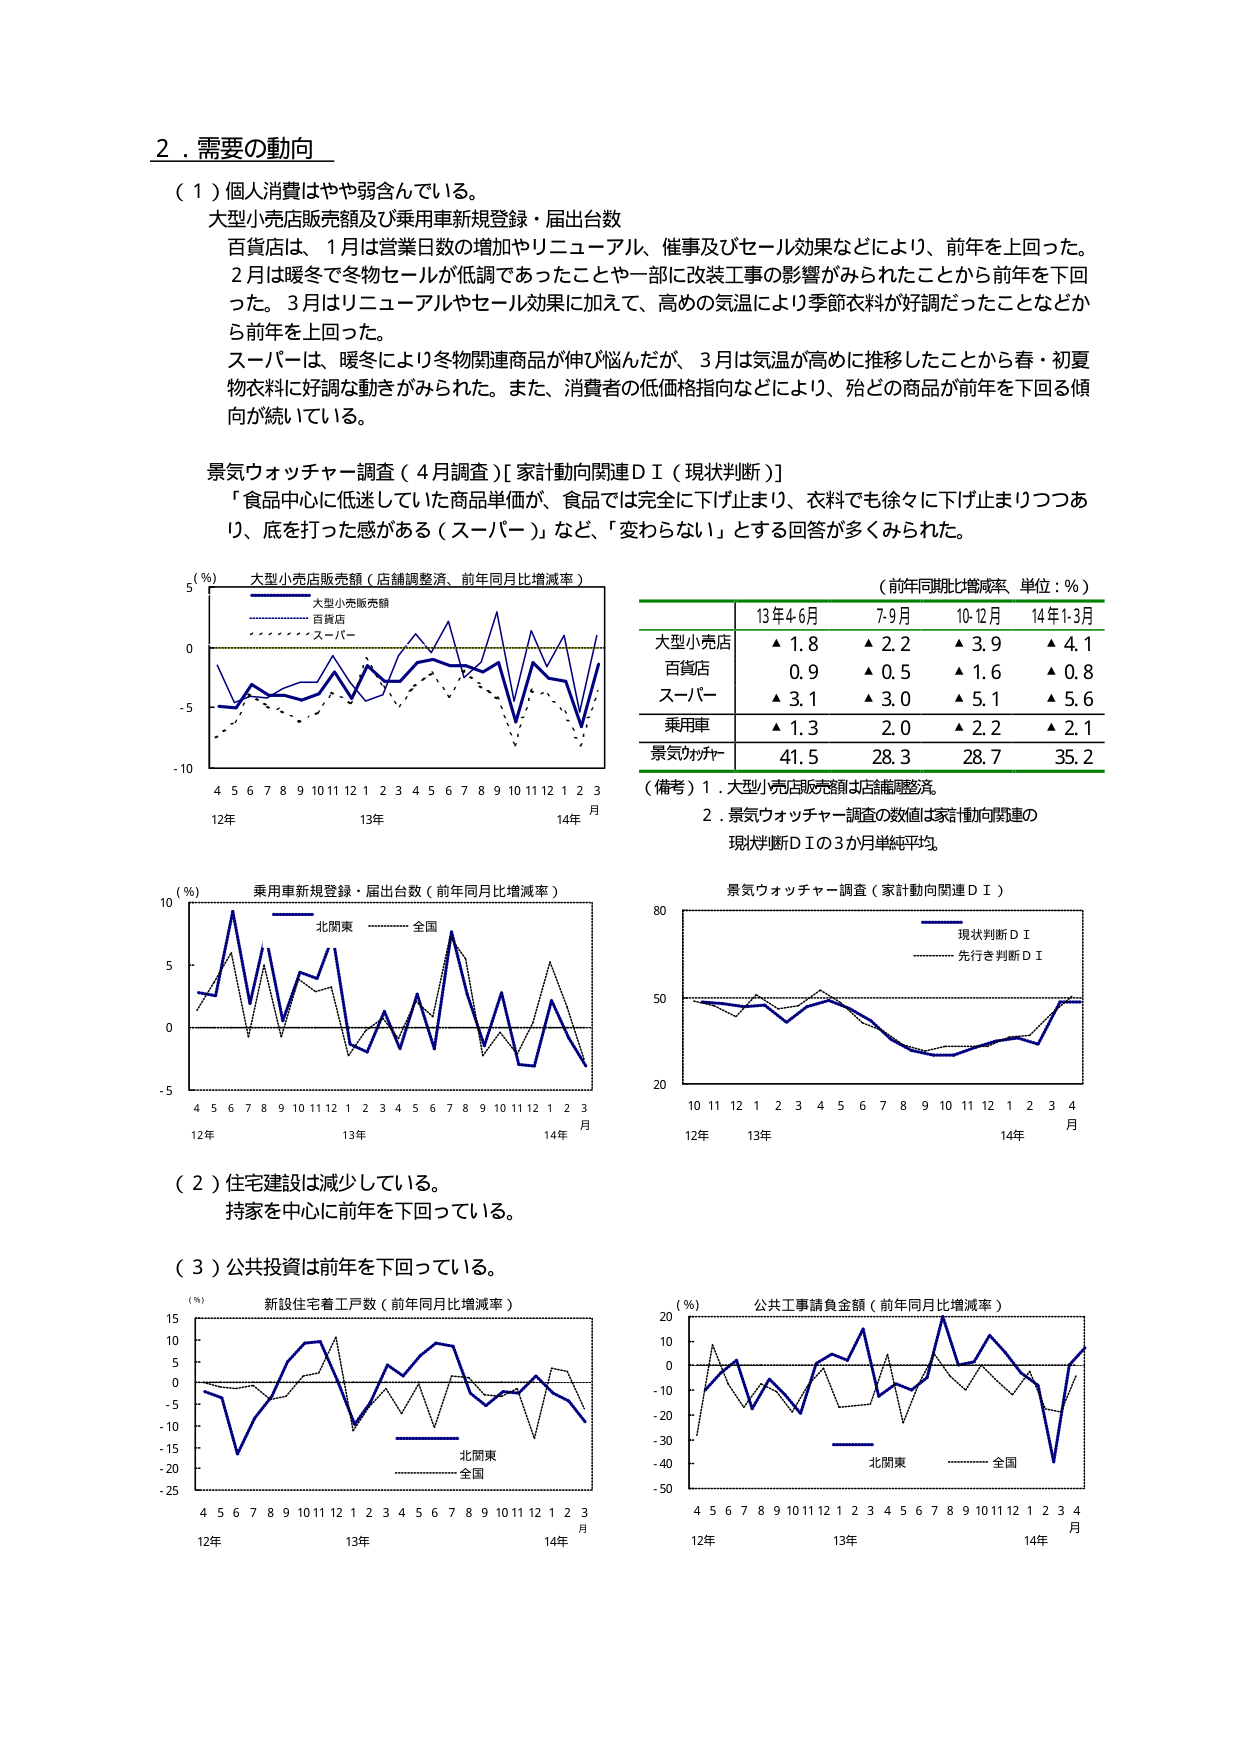
2．需要の動向

（1）個人消費はやや弱含んでいる。

大型小売店販売額及び乗用車新規登録・届出台数

百貨店は、1月は営業日数の増加やリニューアル、催事及びセール効果などにより、前年を上回った。
2月は暖冬で冬物セールが低調であったことや一部に改装工事の影響がみられたことから前年を下回った。3月はリニューアルやセール効果に加えて、高めの気温により季節衣料が好調だったことなどから前年を上回った。

スーパーは、暖冬により冬物関連商品が伸び悩んだが、3月は気温が高めに推移したことから春・初夏物衣料に好調な動きがみられた。また、消費者の低価格指向などにより、殆どの商品が前年を下回る傾向が続いている。

景気ウォッチャー調査（4月調査）［家計動向関連ＤＩ（現状判断）］

「食品中心に低迷していた商品単価が、食品では完全に下げ止まり、衣料でも徐々に下げ止まりつつあり、底を打った感がある（スーパー）」など、「変わらない」とする回答が多くみられた。

（％）
大型小売店販売額（店舗調整済、前年同月比増減率）
大型小売店販売額
百貨店
スーパー

（前年同月比増減率 単位：％）
13年4-6月 7-9月 10-12月 14年1-3月
大型小売店 ▲1.8 ▲2.2 ▲3.9 ▲4.1
百貨店 ▲0.9 ▲0.5 ▲1.6 ▲0.8
スーパー ▲3.1 ▲3.0 ▲5.1 ▲5.6
乗用車 ▲1.3 2.0 ▲2.2 ▲2.1
景気ウォッチャー 41.5 28.3 28.7 35.2

（備考）1．大型小売店販売額は店舗調整済。
2．景気ウォッチャー調査の数値は家計動向関連の現状判断ＤＩの3か月単純平均。

（％）
乗用車新規登録・届出台数（前年同月比増減率）
北関東 全国

景気ウォッチャー調査（家計動向関連ＤＩ）
現状判断ＤＩ
先行き判断ＤＩ

（2）住宅建設は減少している。
持家を中心に前年を下回っている。

（3）公共投資は前年を下回っている。

（％）
新設住宅着工戸数（前年同月比増減率）
北関東 全国

（％）
公共工事請負金額（前年同月比増減率）
北関東 全国